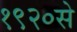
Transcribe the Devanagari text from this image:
१९२०से